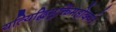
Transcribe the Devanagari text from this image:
यत्यिद्धिमुक्तिमहोदयं।